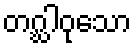
တဂ္ဃါဝုသော